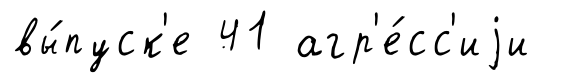
вы́пуск'е 41 агр'е́сс'иjи